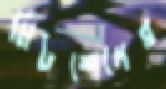
মিটশেলের